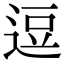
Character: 逗